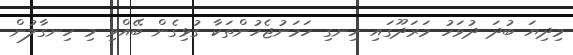
މިދިޔަ ބުދަ ދުވަހު މަރަދޫގައި ހިނގި ހަމަނުޖެހުންތަކާ ގުޅިގެން ބޭއްވި މި ހިނގާލުން